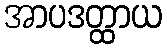
အာပဒတ္ထာယ